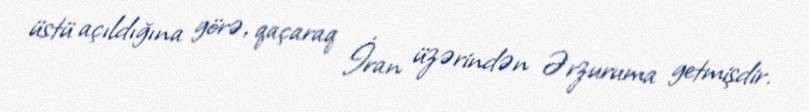
üstü açıldığına görə, qaçaraq İran üzərindən Ərzuruma getmişdir.